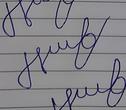
Signature authenticity: forged